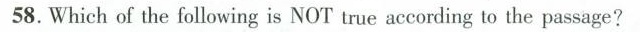
58. Which of the following is NOT true according to the passage?